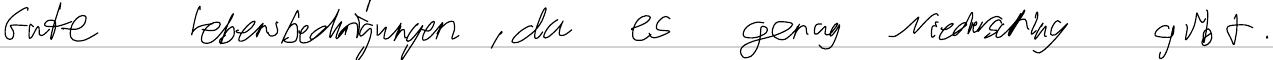
Gute Lebensbedingungen, da es genug Niederschlag gibt.